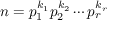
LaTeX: n = p _ { 1 } ^ { k _ { 1 } } p _ { 2 } ^ { k _ { 2 } } \cdots p _ { r } ^ { k _ { r } }